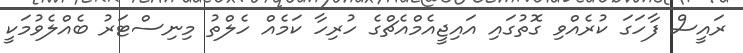
ރައީސް ފާހަގަ ކުރެއްވި ގޮތުގައި އައިޖީއެމްއެޗްގެ ހުރިހާ ކަމެއް ހެލްތު މިނިސްޓަރު ބެއްލެވުމަކީ